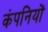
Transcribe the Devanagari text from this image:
कंपनियों